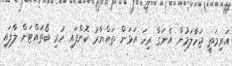
އަރިމަތީ ޖަހާލަމުން އެނަގާ ރިހަ އަޅަން ތައްޔާރު ކޮށްފައި ހުރި ބޯތައްޓަށް ލާފައި